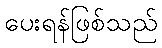
ပေးရန်ဖြစ်သည်